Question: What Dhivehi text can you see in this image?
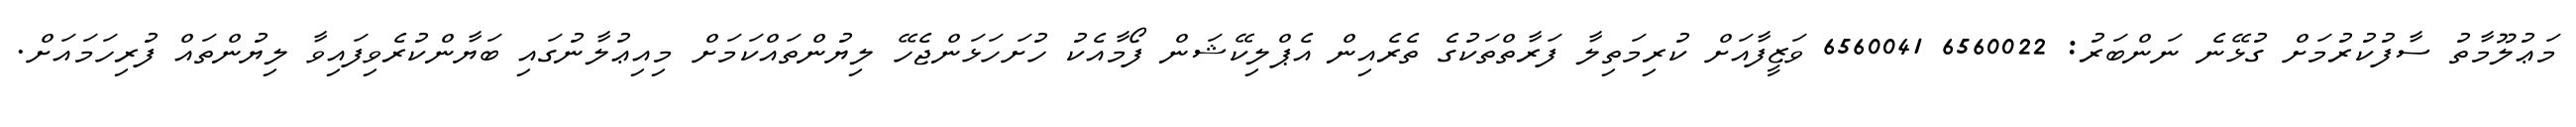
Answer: މަޢުލޫމާތު ސާފުކުރުމަށް ގުޅޭނެ ނަންބަރު: 6560022 6560041 ވަޒީފާއަށް ކުރިމަތިލާ ފަރާތްތަކުގެ ތެރެއިން އެޕްލިކޭޝަން ފޯމާއެކު ހުށަހަޅަންޖެހޭ ލިޔުންތައްކަމަށް މިއިޢުލާނުގައި ބަޔާންކުރެވިފައިވާ ލިޔުންތައް ފުރިހަމައަށް.